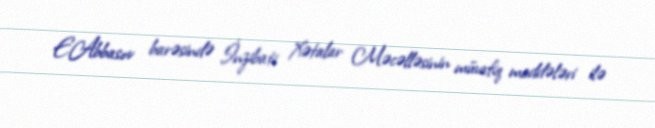
E.Abbasov barəsində İnzibati Xətalar Məcəlləsinin müvafiq maddələri ilə